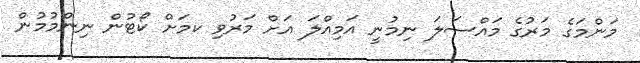
މަންމަގެ މަރުގެ މައްސަލަ ނިމުނީ އަމިއްލަ އަށް މަރުވި ކމަށް ކޯޓުން ނިންމުމުން